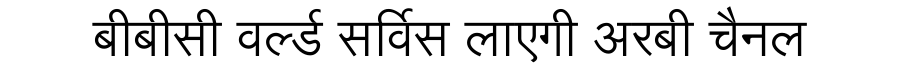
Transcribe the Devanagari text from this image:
बीबीसी वर्ल्ड सर्विस लाएगी अरबी चैनल